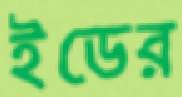
ইডের